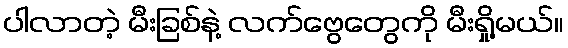
ပါလာတဲ့ မီးခြစ်နဲ့ လက်ဗွေတွေကို မီးရှို့မယ်။